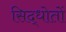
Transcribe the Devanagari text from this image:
सिद्धोतों